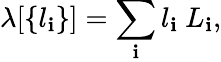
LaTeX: \lambda[\left\{ l_{\mathbf{i}}\right\} ]=\sum_{\mathbf{i}}l_{\mathbf{i}}\ L_{\mathbf{i}},